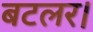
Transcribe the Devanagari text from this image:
बटलर।